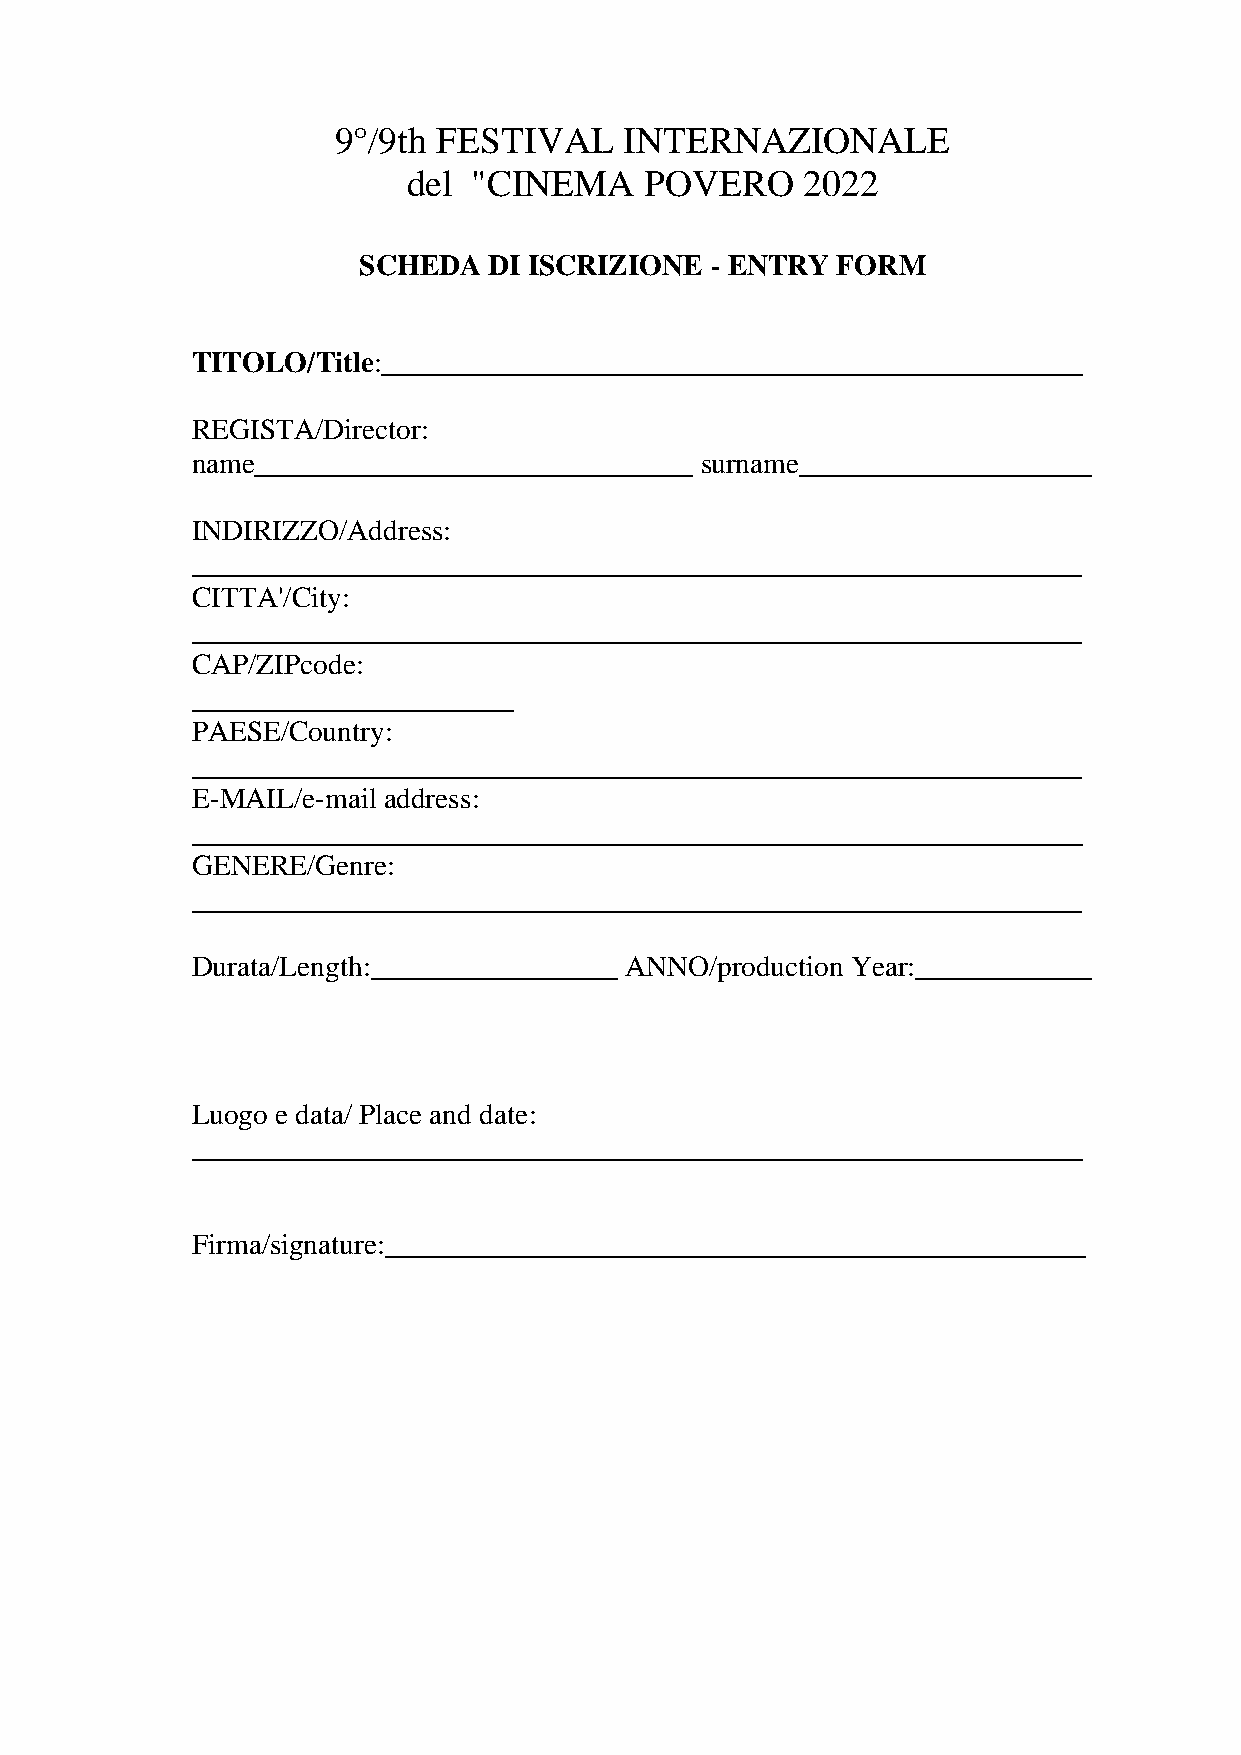
9°/9th FESTIVAL    INTERNAZIONALE
 del "CINEMA     POVERO    2022
 SCHEDA  DI ISCRIZIONE  - ENTRY FORM
 TITOLO/Title:________________________________________________
 REGISTA/Director:
 name______________________________ surname____________________
 INDIRIZZO/Address:
 _____________________________________________________________
 CITTA'/City:
 _____________________________________________________________
 CAP/ZIPcode:
 ______________________
 PAESE/Country:
 _____________________________________________________________
 E-MAIL/e-mail address:
 _____________________________________________________________
 GENERE/Genre:
 _____________________________________________________________
 Durata/Length:_________________ ANNO/production Year:____________
 Luogo e data/ Place and date:
 _____________________________________________________________
 Firma/signature:________________________________________________